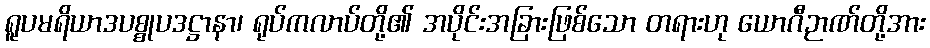
ရူပမရိယာဒပစ္စုပဒဋ္ဌာနာ၊ ရုပ်ကလာပ်တို့၏ အပိုင်းအခြားဖြစ်သော တရားဟု ယောဂီဉာဏ်တို့အား